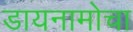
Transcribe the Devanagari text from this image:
डायनामोचा